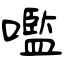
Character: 嚂